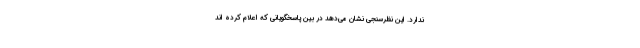
ندارد. این نظرسنجی نشان می‌دهد در بین پاسخگویانی که اعلام کرده ­اند